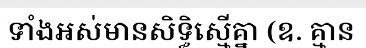
ទាំងអស់មានសិទ្ធិស្មើគ្នា (ឧ. គ្មាន